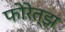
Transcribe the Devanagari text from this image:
फोरेत्झ